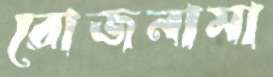
রোজনামা